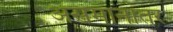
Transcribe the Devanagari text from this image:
असमानांतर